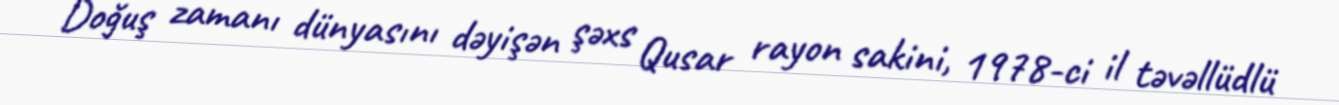
Doğuş zamanı dünyasını dəyişən şəxs Qusar rayon sakini, 1978-ci il təvəllüdlü